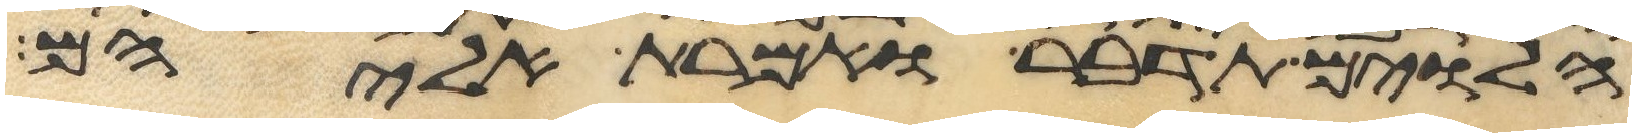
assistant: הלוים תדבר ואמרת אליהם